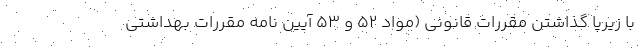
با زیرپا گذاشتن مقررات قانونی (مواد 52 و 53 آیین نامه مقررات بهداشتی